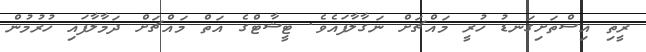
ރީތި އިސްތަށިގަނޑު ހުރީ މައްޗަށް ނަގާލާފައެވެ. ޓީޝާޓްގެ އަތް މައްޗަށް ދަމާލާފައި ހުރުމުން